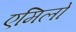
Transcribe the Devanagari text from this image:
एमिलो